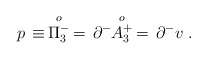
\begin{align*}p\, \equiv\, \stackrel{o}{\Pi^-_3} \, = \, \partial^- \!\! \stackrel{o}{A^+_3}\, =\, \partial^- v \;.\end{align*}